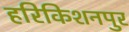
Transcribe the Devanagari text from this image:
हरिकिशनपुर